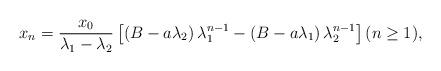
LaTeX: \begin{align*}x_n=\frac{x_0}{\lambda_1-\lambda_2}\left[\left(B-a\lambda_2\right)\lambda_1^{n-1}-\left(B-a\lambda_1\right)\lambda_2^{n-1}\right](n\geq 1),\end{align*}